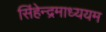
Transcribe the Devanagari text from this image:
सिंहेन्द्रमाध्ययम